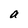
Character: a